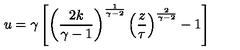
u = \gamma \left[ \left( { \frac { 2 k } { \gamma - 1 } } \right) ^ { \frac { 1 } { \gamma - 2 } } \left( { \frac { z } { \tau } } \right) ^ { \frac { 2 } { \gamma - 2 } } - 1 \right]